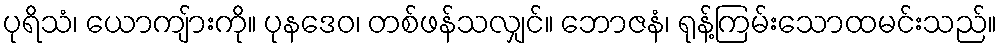
ပုရိသံ၊ ယောကျ်ားကို။ ပုနဒေဝ၊ တစ်ဖန်သလျှင်။ ဘောဇနံ၊ ရုန့်ကြမ်းသောထမင်းသည်။